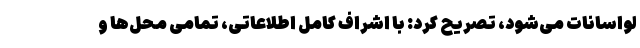
لواسانات می‌شود، تصریح کرد: با اشراف کامل اطلاعاتی، تمامی محل‌ها و